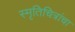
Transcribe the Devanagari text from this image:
स्मृतिचित्रांचा